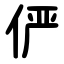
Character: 俨